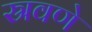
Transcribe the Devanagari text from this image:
स्रवणे